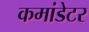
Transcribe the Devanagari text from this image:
कमांडेटर